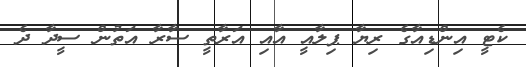
ކެޓީ އިންޑިއާގެ ރިޔާ ޕިލާއީ އާއި އަރާތީ ސާރާ އަތުން ސީދާ ދެ